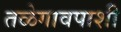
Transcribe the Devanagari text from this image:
तळेगावपाशी